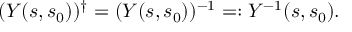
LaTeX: ( Y ( s , s _ { 0 } ) ) ^ { \dag } = ( Y ( s , s _ { 0 } ) ) ^ { - 1 } = : Y ^ { - 1 } ( s , s _ { 0 } ) .